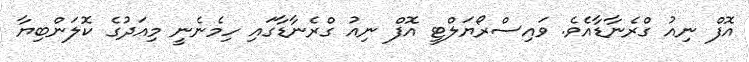
އޮފް ނިއު ގްރެނާޑާއެވެ. ވައިސްރޯޔަލްޓީ އޮފް ނިއު ގްރެނާޑާގައި ހިމެނެނީ މިއަދުގެ ކޮލަންބިޔާ